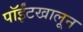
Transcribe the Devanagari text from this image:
पॉईंटखालून